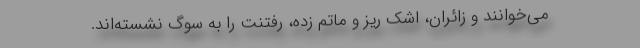
می‌خوانند و زائران، اشک ریز و ماتم زده، رفتنت را به سوگ نشسته‌اند.